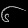
Digit: ၆